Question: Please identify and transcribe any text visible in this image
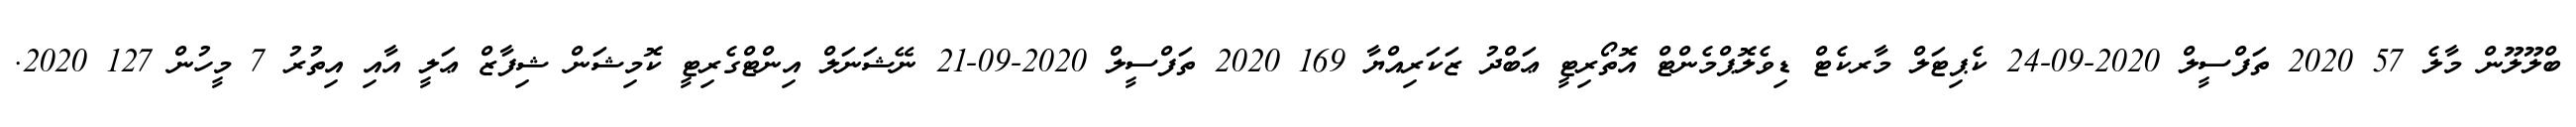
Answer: ބްލޫލޫން މާލެ 57 2020 ތަފްސީލް 2020-09-24 ކެޕިޓަލް މާރކެޓް ޑިވެލޮޕްމެންޓް އޮތޯރިޓީ ޢަބްދު ޒަކަރިއްޔާ 169 2020 ތަފްސީލް 2020-09-21 ނޭޝަނަލް އިންޓްގެރިޓީ ކޮމިޝަން ޝިފާޒް ޢަލީ އާއި އިތުރު 7 މީހުން 127 2020.